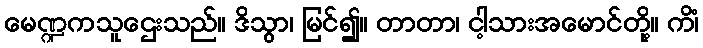
မေဏ္ဍကသူဌေးသည်။ ဒိသွာ၊ မြင်၍။ တာတာ၊ ငါ့သားအမောင်တို့။ ကိံ၊